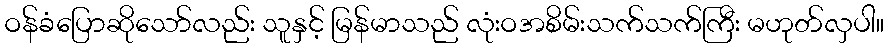
ဝန်ခံပြောဆိုသော်လည်း သူနှင့် မြန်မာသည် လုံးဝအစိမ်းသက်သက်ကြီး မဟုတ်လှပါ။